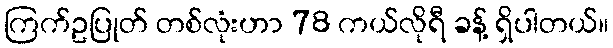
ကြက်ဥပြုတ် တစ်လုံးဟာ 78 ကယ်လိုရီ ခန့် ရှိပါတယ်။